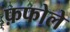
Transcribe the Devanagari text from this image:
फ़फोले